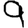
Digit: 9